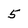
Character: 5